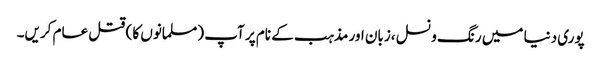
پوری دنیا میں رنگ و نسل ،زبان اور مذہب کے نام پر آپ (مسلمانوں کا ) قتل عام کریں۔